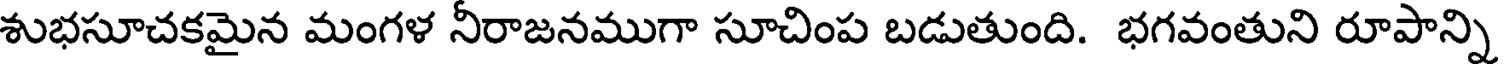
శుభసూచకమైన మంగళ నీరాజనముగా సూచింప బడుతుంది. భగవంతుని రూపాన్ని